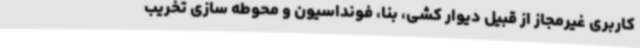
کاربری غیرمجاز از قبیل دیوار کشی، بنا، فونداسیون و محوطه سازی تخریب